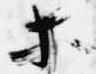
等